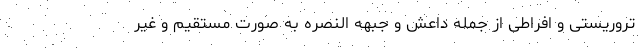
تروریستی و افراطی از جمله داعش و جبهه النصره به صورت مستقیم و غیر